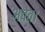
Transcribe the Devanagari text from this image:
अचेत।